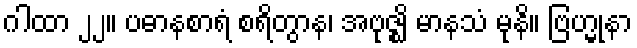
ဂါထာ ၂၂။ ပဓာနစာရံ စရိတွာန၊ အဗုဇ္ဈိ မာနသံ မုနိ။ ဗြဟ္မုနာ